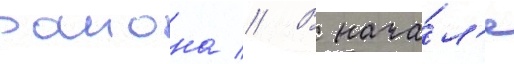
раиона // В нача́л'е